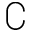
\complement